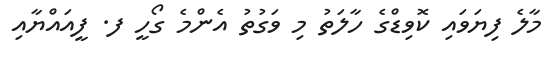
މާލެ ފިޔަވައި ކޮވިޑްގެ ހާލަތު މި ވަގުތު އެންމެ ގޯހީ ފ. ފީއައްޔާއި